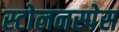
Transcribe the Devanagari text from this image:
स्टोलनस्पेस